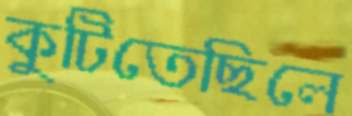
কুটিতেছিলে